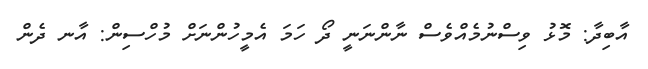
އާބިދާ: މޮޅު ވިސްނުމެއްވެސް ނާންނަނީ ދޯ ހަމަ އެމީހުންނަށް މުހްސިން: އާނ ދެން